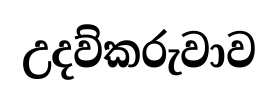
උදව්කරුවාව